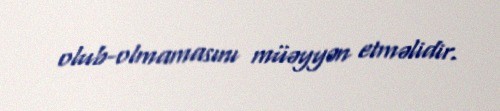
olub-olmamasını müəyyən etməlidir.